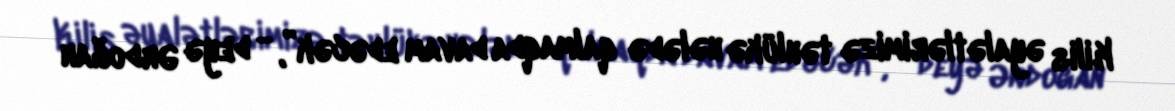
Kilis əyalətlərimizə təhlükə hələdə qalmaqda davam edəcək”, - deyə Ərdoğan